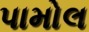
પામોલ